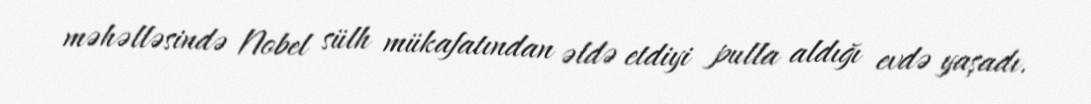
məhəlləsində Nobel sülh mükafatından əldə etdiyi pulla aldığı evdə yaşadı.